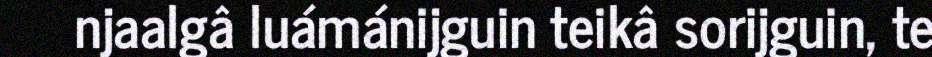
njaalgâ luámánijguin teikâ sorijguin, te